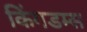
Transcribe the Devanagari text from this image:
किंगडम्स